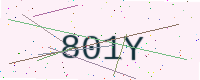
Text: 801Y